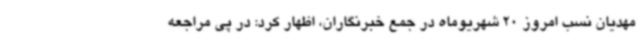
مهدیان نسب امروز 20 شهریوماه در جمع خبرنگاران، اظهار کرد: در پی مراجعه